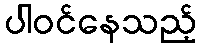
ပါဝင်နေသည့်